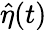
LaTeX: \widehat{\eta}(t)